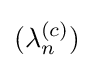
(\lambda _{n}^{(c)})